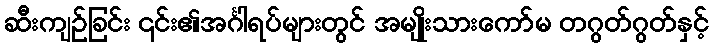
ဆီးကျဉ်ခြင်း ၎င်း၏အင်္ဂါရပ်များတွင် အမျိုးသားကော်မ တဂွတ်ဂွတ်နှင့်